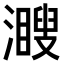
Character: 𤁨